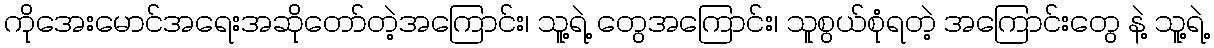
ကိုအေးမောင်အရေးအဆိုတော်တဲ့အကြောင်း၊ သူ့ရဲ့ တွေအကြောင်း၊ သူစွယ်စုံရတဲ့ အကြောင်းတွေ နဲ့ သူ့ရဲ့